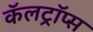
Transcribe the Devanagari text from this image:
कॅलट्रॉप्स